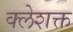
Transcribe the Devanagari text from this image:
क्लेशक्त